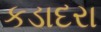
કડાદરા